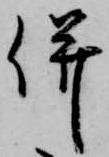
併